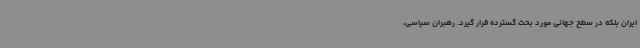
ایران بلکه در سطح جهانی مورد بحث گسترده قرار گیرد. رهبران سیاسی،